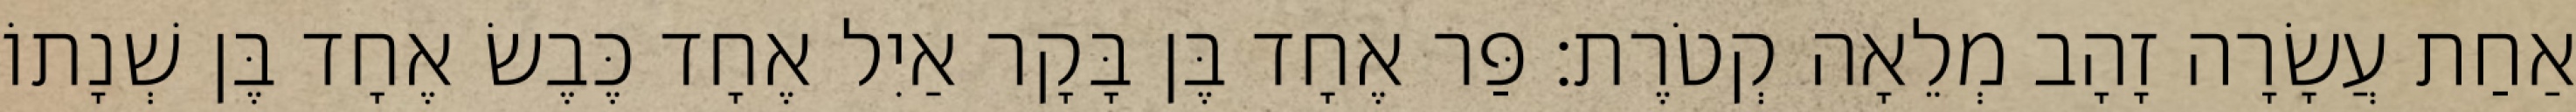
אַחַת עֲשָׂרָה זָהָב מְלֵאָה קְטֹרֶת׃ פַּר אֶחָד בֶּן בָּקָר אַיִל אֶחָד כֶּבֶשׂ אֶחָד בֶּן שְׁנָתוֹ